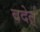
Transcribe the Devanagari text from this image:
वदेत्